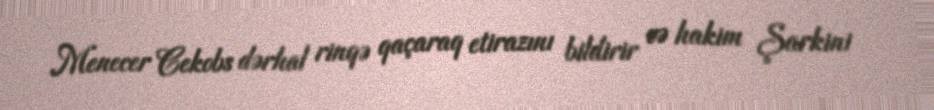
Menecer Cekobs dərhal rinqə qaçaraq etirazını bildirir və hakim Şarkini